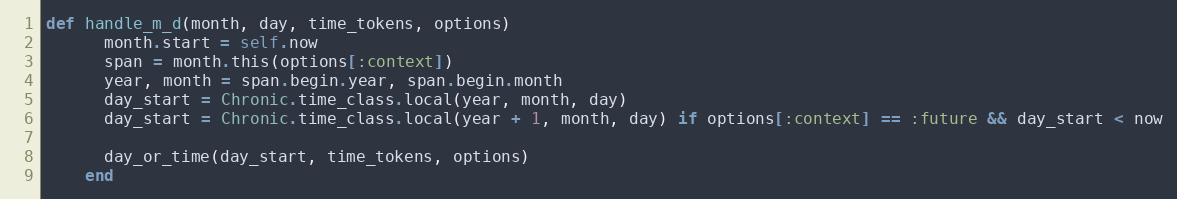
Language: Ruby
def handle_m_d(month, day, time_tokens, options)
      month.start = self.now
      span = month.this(options[:context])
      year, month = span.begin.year, span.begin.month
      day_start = Chronic.time_class.local(year, month, day)
      day_start = Chronic.time_class.local(year + 1, month, day) if options[:context] == :future && day_start < now

      day_or_time(day_start, time_tokens, options)
    end